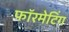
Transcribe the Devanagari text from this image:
फॉरमेटिंग